Scientific memoirs by medical officers of the Army of India - Part XII,
Year: 1901
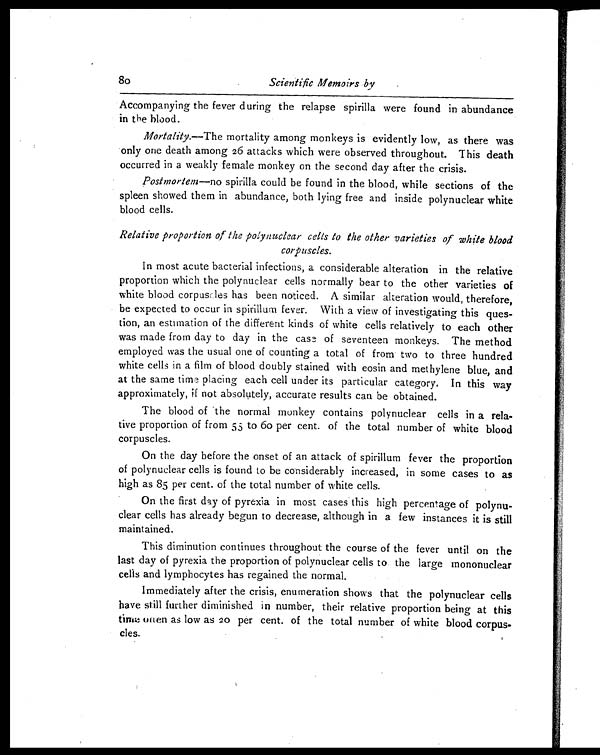
80
Scientific Memoirs by
Accompanying the fever during the relapse spirilla were found in abundance
in the blood.
Mortality.—The mortality among monkeys is evidently low, as there was
only one death among 26 attacks which were observed throughout. This death
occurred in a weakly female monkey on the second day after the crisis.
Postmortem—no spirilla could be found in the blood, while sections of the
spleen showed them in abundance, both lying free and inside polynuclear white
blood cells.
Relative proportion of the polynuclear cells to the other varieties of white blood
corpuscles.
In most acute bacterial infections, a considerable alteration in the relative
proportion which the polynuclear cells normally bear to the other varieties of
white blood corpuscles has been noticed. A similar alteration would, therefore,
be expected to occur in spirillum fever. With a view of investigating this ques-
tion, an estimation of the different kinds of white cells relatively to each other
was made from day to day in the case of seventeen monkeys. The method
employed was the usual one of counting a total of from two to three hundred
white cells in a film of blood doubly stained with eosin and methylene blue, and
at the same time placing each cell under its particular category. In this way
approximately, if not absolutely, accurate results can be obtained.
The blood of the normal monkey contains polynuclear cells in a rela-
tive proportion of from 55 to 60 per cent. of the total number of white blood
corpuscles.
On the day before the onset of an attack of spirillum fever the proportion
of polynuclear cells is found to be considerably increased, in some cases to as
high as 85 per cent. of the total number of white cells.
On the first day of pyrexia in most cases this high percentage of polynu-
clear cells has already begun to decrease, although in a few instances it is still
maintained.
This diminution continues throughout the course of the fever until on the
last day of pyrexia the proportion of polynuclear cells to the large mononuclear
cells and lymphocytes has regained the normal.
Immediately after the crisis, enumeration shows that the polynuclear cells
have still further diminished in number, their relative proportion being at this
time often as low as 20 per cent. of the total number of white blood corpus-
cles.